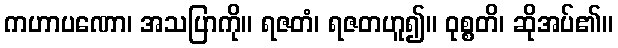
ကဟာပဏော၊ အသပြာကို။ ရဇတံ၊ ရဇတဟူ၍။ ဝုစ္စတိ၊ ဆိုအပ်၏။